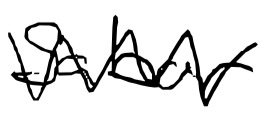
Text: Sabor
Cross-out: zig-zag
Writing tool: digital_black